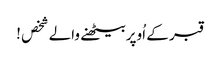
قبر کے اُوپربیٹھنے والے شخص !